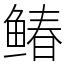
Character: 䲠